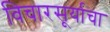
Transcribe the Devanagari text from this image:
विचारसूर्याचा